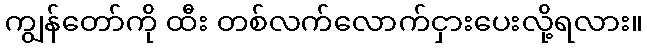
ကျွန်တော်ကို ထီး တစ်လက်လောက်ငှားပေးလို့ရလား။